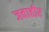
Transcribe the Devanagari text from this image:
जवाहीर